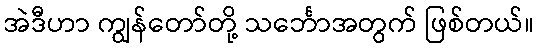
အဲဒီဟာ ကျွန်တော်တို့ သင်္ဘောအတွက် ဖြစ်တယ်။